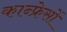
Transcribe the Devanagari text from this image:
कान्फ्रेसों